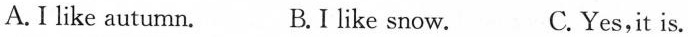
A.I like autumn. B.I like snow. C.Yes,it is.